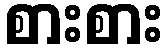
စားစား